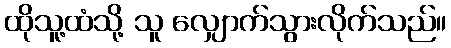
ထိုသူ့ထံသို့ သူ လျှောက်သွားလိုက်သည်။